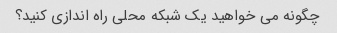
چگونه می خواهید یک شبکه محلی راه اندازی کنید؟